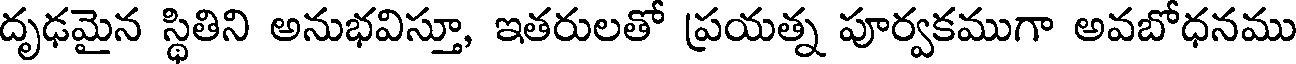
దృఢమైన స్థితిని అనుభవిస్తూ, ఇతరులతో ప్రయత్న పూర్వకముగా అవబోధనము